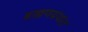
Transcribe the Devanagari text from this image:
ब्राह्मणग्रंथांत